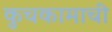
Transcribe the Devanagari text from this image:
कुचकामाची